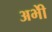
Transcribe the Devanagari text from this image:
अभीे